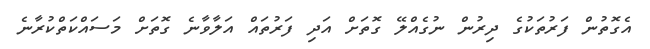
އެގޮތުން ފަރުތަކުގެ ދިރުން ނުގެއްލޭ ގޮތަށް އަދި ފަރުތައް އަލާވާނެ ގޮތަށް މަސައްކަތްކުރާނެ